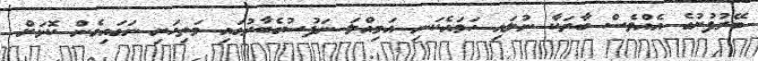
ބޭރުފުށުގެ އެއްވެސް ބާރަކާ ނުލައި ހަމައެކަނި އަމިއްލަ ނަފުސުގެބާރުގައި މަތިހަށިި ނަގައިގެން ކޮޅަށް